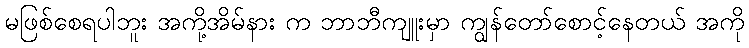
မဖြစ်စေရပါဘူး အကို့အိမ်နား က ဘာဘီကျူးမှာ ကျွန်တော်စောင့်နေတယ် အကို